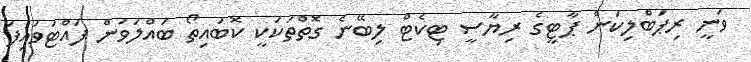
ވަނީ ރިޕަބްލިކަން ޕާޓީގެ ރިޔާސީ ޓިކެޓް ލިބޭނެ ގޮތްތަކަކީ ކޮބައިތޯ ބައްލަވަން ފައްޓަވައިފަ